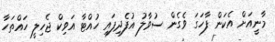
މާނީއަށް އެކަން ފާހަގަ ވެގެން ސުވާލު އުފެދިފައި ހުއްޓާ އަވިކް ޖެހިލީ ހައްތަހާ